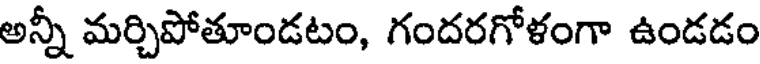
అన్నీ మర్చిపోతూండటం, గందరగోళంగా ఉండడం